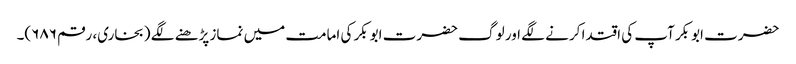
حضرت ابوبکر آپ کی اقتدا کرنے لگے اور لوگ حضرت ابوبکر کی امامت میں نماز پڑھنے لگے (بخاری، رقم ۶۸۶)۔